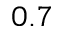
0 . 7